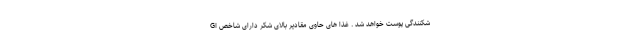
شکنندگی پوست خواهد شد . غذا های حاوی مقادیر بالای شکر دارای شاخص GI